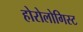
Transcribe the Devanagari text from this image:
होरोलोगिस्ट